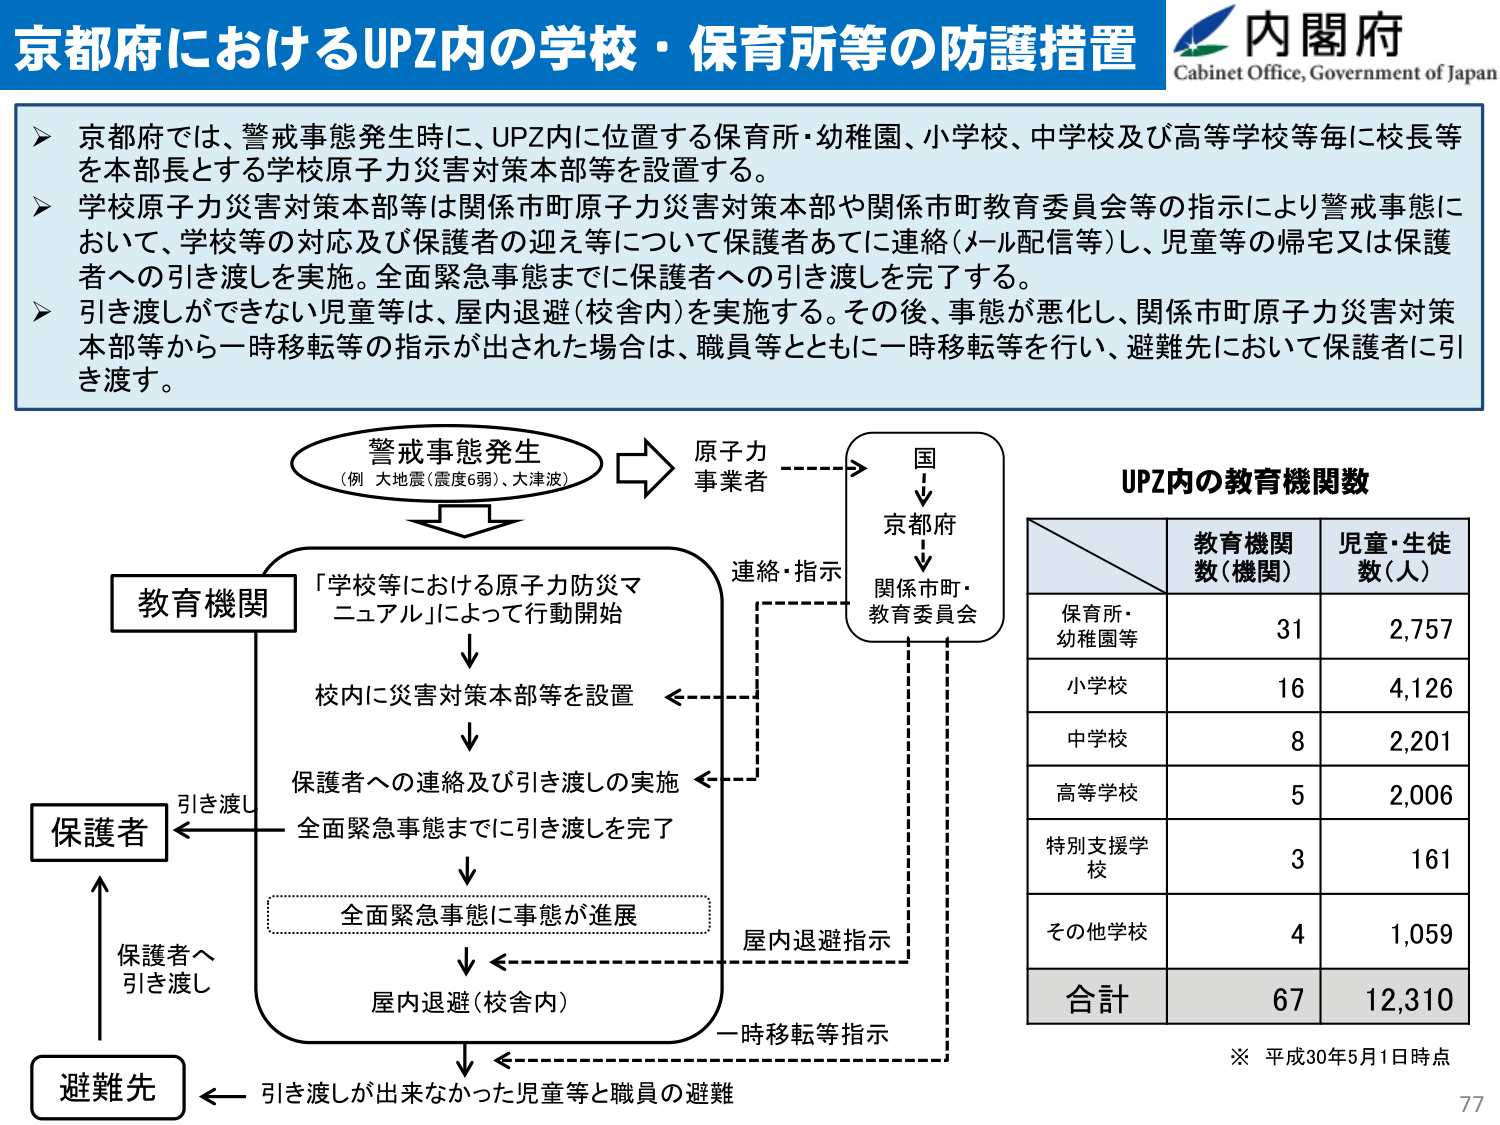
京都府におけるUPZ内の学校・保育所等の防護措置
内閣府
Cabinet Office, Government of Japan

➤ 京都府では、警戒事態発生時に、UPZ内に位置する保育所・幼稚園、小学校、中学校及び高等学校等毎に校長等を本部長とする学校原子力災害対策本部等を設置する。
➤ 学校原子力災害対策本部等は関係市町原子力災害対策本部や関係市町教育委員会等の指示により警戒事態において、学校等の対応及び保護者の迎え等について保護者あてに連絡（メール配信等）し、児童等の帰宅又は保護者への引き渡しを実施。全面緊急事態までに保護者への引き渡しを完了する。
➤ 引き渡しができない児童等は、屋内退避（校舎内）を実施する。その後、事態が悪化し、関係市町原子力災害対策本部等から一時移転等の指示が出された場合は、職員等とともに一時移転等を行い、避難先において保護者に引き渡す。

警戒事態発生
（例 大地震（震度6弱）、大津波）
→ 原子力事業者
→ 国
→ 京都府
→ 関係市町・教育委員会

教育機関
「学校等における原子力防災マニュアル」によって行動開始
↓
校内に災害対策本部等を設置
↓
保護者への連絡及び引き渡しの実施
↓
全面緊急事態までに引き渡しを完了
↓
全面緊急事態に事態が進展
↓
屋内退避（校舎内）
↓
引き渡しが出来なかった児童等と職員の避難

保護者
← 引き渡し
← 保護者へ引き渡し

避難先
← 一時移転等指示
← 屋内退避指示
← 連絡・指示

UPZ内の教育機関数

教育機関数（機関）　児童・生徒数（人）
保育所・幼稚園等　31　2,757
小学校　16　4,126
中学校　8　2,201
高等学校　5　2,006
特別支援学校　3　161
その他学校　4　1,059
合計　67　12,310

※ 平成30年5月1日時点
77